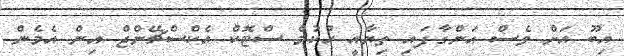
އިބޫ އަށް ވެސް އަންގާފައި ތިޔާއީ ހުކުމް ސްޓޮކް އެކްސްޗޭންޖް އިން އެމެން